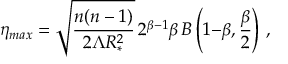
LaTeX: \eta _ { m a x } = \sqrt { \frac { n ( n - 1 ) } { 2 \Lambda R _ { * } ^ { 2 } } } \, 2 ^ { \beta { - } 1 } \beta \, B \left( 1 { - } \beta , { \frac { \beta } { 2 } } \right) \, ,